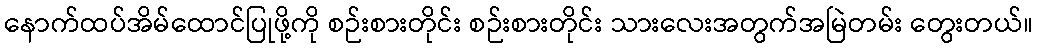
နောက်ထပ်အိမ်ထောင်ပြုဖို့ကို စဉ်းစားတိုင်း စဉ်းစားတိုင်း သားလေးအတွက်အမြဲတမ်း တွေးတယ်။